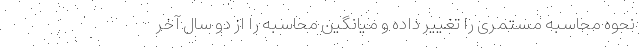
نحوه محاسبه مستمری را تغییر داده و میانگین محاسبه را از دو سال آخر